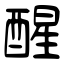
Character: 醒